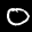
Label: 0